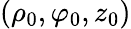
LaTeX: (\rho_{0},\varphi_{0},z_{0})